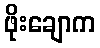
ဖိုးချောက